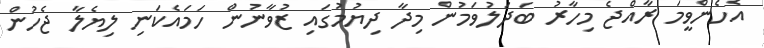
އެހެންވީމަ ރާއްޖެ މިހާރު ބަދަލުވަމުން މިދާ ދިޔުމުގައި ޒުވާނުން ހަމައެކަނި ލިޔެލާ ޖެހުން